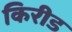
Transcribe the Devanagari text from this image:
किरीड